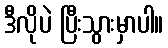
ဒီလိုပဲ ပြီးသွားမှာပါ။